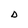
Character: D